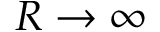
R \rightarrow \infty